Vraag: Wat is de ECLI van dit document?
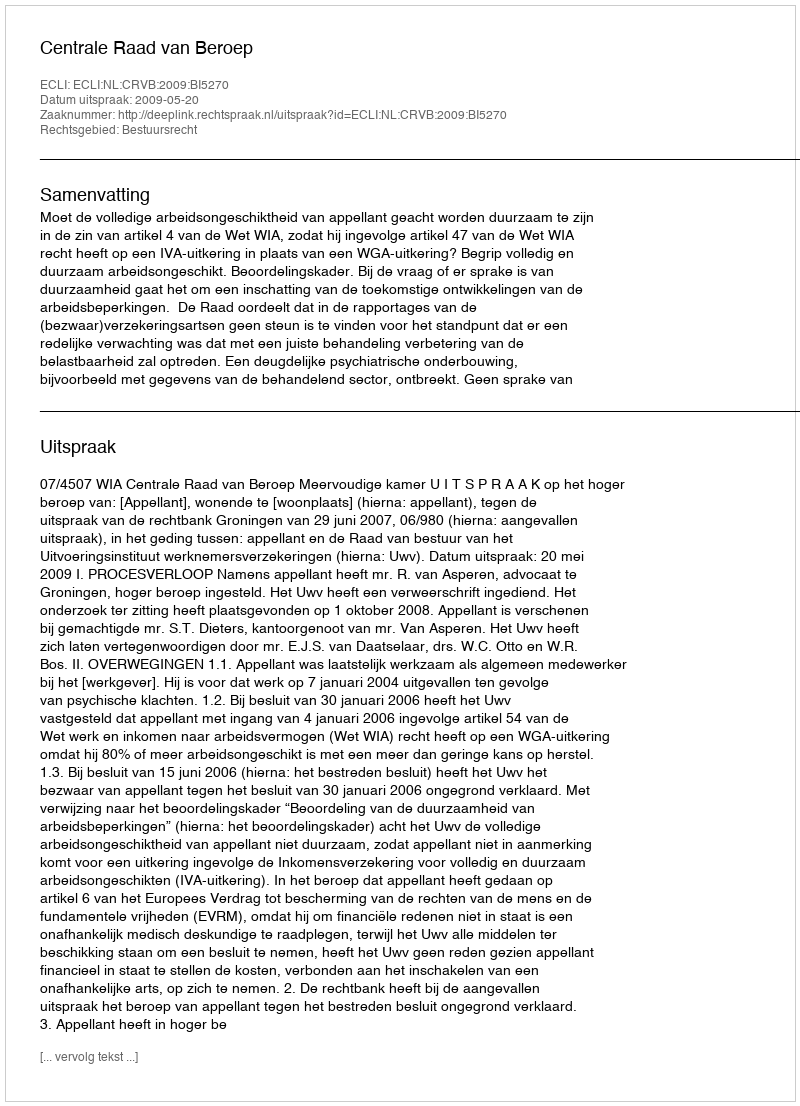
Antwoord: ECLI:NL:CRVB:2009:BI5270